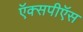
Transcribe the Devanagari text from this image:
ऍक्सपीऍस